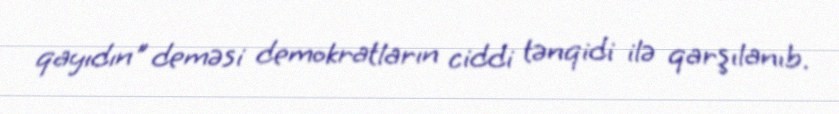
qayıdın" deməsi demokratların ciddi tənqidi ilə qarşılanıb.